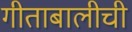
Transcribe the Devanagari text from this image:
गीताबालीची